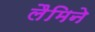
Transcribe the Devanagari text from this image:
लैमिने